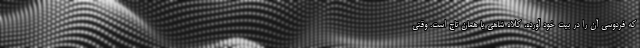
که فردوسی آن را در بیت خود آورده، کلاه شاهی یا همان تاج است. وقتی